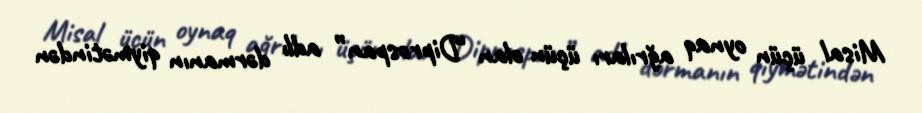
Misal üçün oynaq ağrıları üçün olan “Diprospan” adlı dərmanın qiymətindən